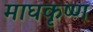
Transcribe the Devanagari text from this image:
माघकृष्ण